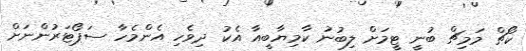
ކޯޗް މަމިޗް ބުނީ ޓީމަށް ލިބުނު ކާމިޔާބީއާ އެކު ދިވެހި އެންމެހާ ސަޕޯޓަރުންނަށް